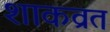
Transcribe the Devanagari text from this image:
शाकव्रत